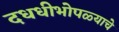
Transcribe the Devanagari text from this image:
दधधीभोपळ्याचे